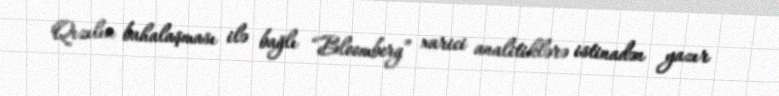
Qızılın bahalaşması ilə bağlı “Bloomberg” xarici analitiklərə istinadən yazır